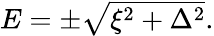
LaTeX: \begin{array}{r}{E=\pm\sqrt{\xi^{2}+\Delta^{2}}.}\end{array}